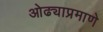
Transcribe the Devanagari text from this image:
ओढ्याप्रमाणे